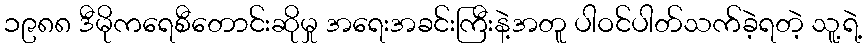
၁၉၈၈ ဒီမိုကရေစီတောင်းဆိုမှု အရေးအခင်းကြီးနဲ့အတူ ပါဝင်ပါတ်သက်ခဲ့ရတဲ့ သူ့ရဲ့